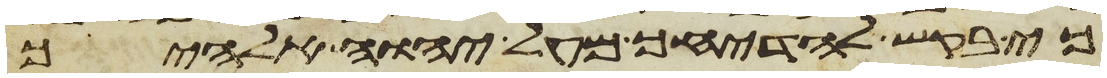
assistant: כי בקש להדיחך מעל יהוה אלהיך